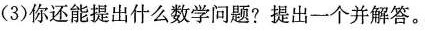
(3)你还能提出什么数学问题?提出一个并解答。